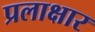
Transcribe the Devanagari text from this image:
प्रलाक्षार